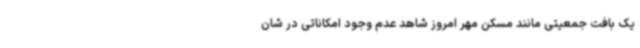
یک بافت جمعیتی مانند مسکن مهر امروز شاهد عدم وجود امکاناتی در شان